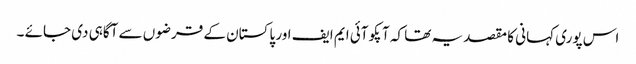
اس پوری کہانی کا مقصد یہ تھا کہ آپکو آئی ایم ایف اور پاکستان کے قرضوں سے آگاہی دی جائے ۔